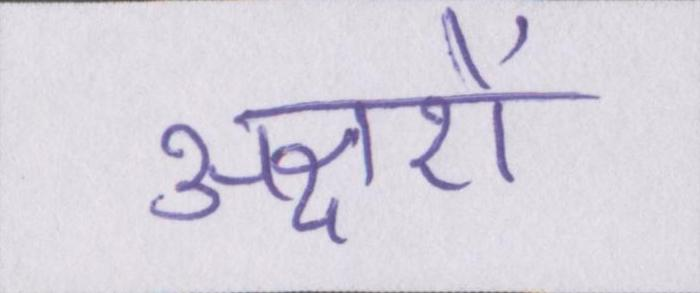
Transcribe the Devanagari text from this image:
अक्षरों